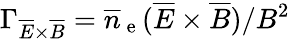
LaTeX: \Gamma_{\overline{{E}}\times\overline{{B}}}=\overline{{n}}_{\mathrm{~e~}}(\overline{{E}}\times\overline{{B}})/B^{2}